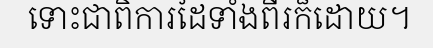
ទោះជាពិការដៃទាំងពីរក៏ដោយ។